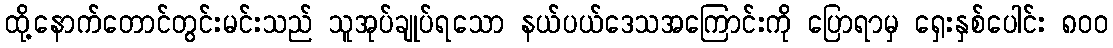
ထို့နောက်တောင်တွင်းမင်းသည် သူအုပ်ချုပ်ရသော နယ်ပယ်ဒေသအကြောင်းကို ပြောရာမှ ရှေးနှစ်ပေါင်း ၈၀၀